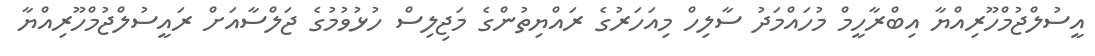
އީސުލްޖުމްހޫރިއްޔާ އިބްރާހީމް މުހައްމަދު ސާލިހް މިއަހަރުގެ ރައްޔިތުންގެ މަޖިލިސް ހުޅުވުމުގެ ޖަލްސާއަށް ރައީސުލްޖުމްހޫރިއްޔާ